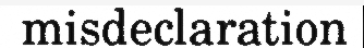
misdeclaration